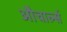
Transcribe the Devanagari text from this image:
औचार्ल्स